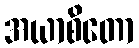
အယာစိတော